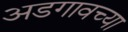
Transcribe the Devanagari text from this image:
अडगावच्या